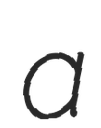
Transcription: a